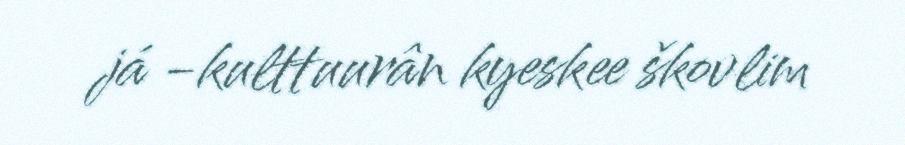
já -kulttuurân kyeskee škovlim